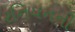
રનિયનની